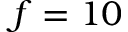
f = 1 0